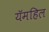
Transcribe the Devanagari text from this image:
यॅमहिल